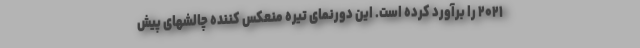
۲۰۲۱ را برآورد کرده است. این دورنمای تیره منعکس کننده چالشهای پیش